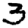
Digit: 3